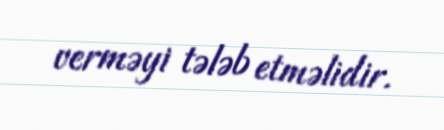
verməyi tələb etməlidir.